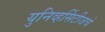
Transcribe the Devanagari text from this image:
युनिव्हर्सिटीजचे